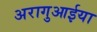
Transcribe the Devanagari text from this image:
अरागुआईया